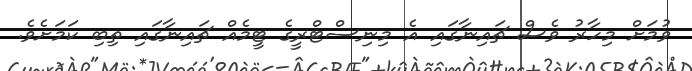
ވުމަށް މިހާރު ވެސް ޗައިނާގައި އެ މިނިސްޓްރީގެ ޓީމެއް ޗައިނާގައި ތިބި ކަމަށެވެ.